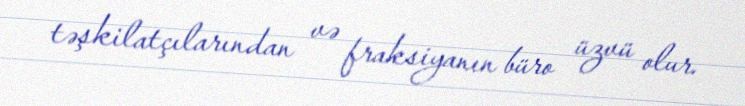
təşkilatçılarından və fraksiyanın büro üzvü olur.